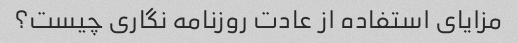
مزایای استفاده از عادت روزنامه نگاری چیست؟